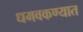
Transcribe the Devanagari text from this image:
धमवकण्यात